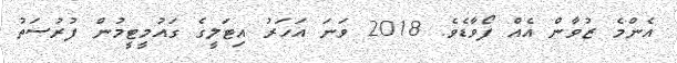
އެންމެ ޒުވާން އެއް ފޯވާޑެވެ. 2018 ވަނަ އަހަރު އިޓަލީގެ ގައުމީޓީމުން ފުރުސަތު